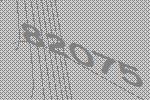
82075